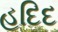
હદિદ